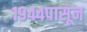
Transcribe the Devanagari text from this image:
१९४४पासून